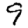
Digit: 9